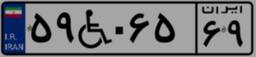
۶۰W۷۸۰۸۹